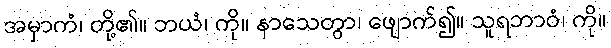
အမှာကံ၊ တို့၏။ ဘယံ၊ ကို။ နာသေတွာ၊ ဖျောက်၍။ သူရဘာဝံ၊ ကို။